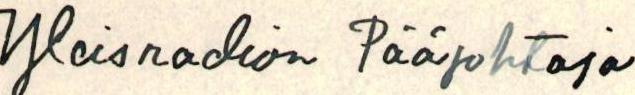
Yleisradion Pääjohtaja.